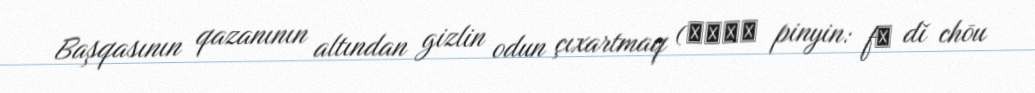
Başqasının qazanının altından gizlin odun çıxartmaq (釜底抽薪 pinyin: fǔ dǐ chōu